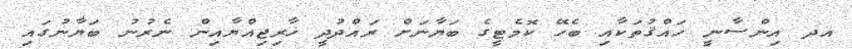
އދ އިންސާނީ ހައްޤުތަކާއި ބެހޭ ކޮމެޓީގެ ބަޔާނަށް ރައްދުދީ ޚާރިޖިއްޔާއިން ނެރުނު ބަޔާނުގައި